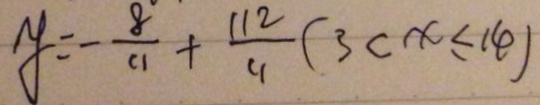
y = - \frac { 8 } { 1 1 } + \frac { 1 1 2 } { 1 1 } ( 3 < x \leq 1 4 )